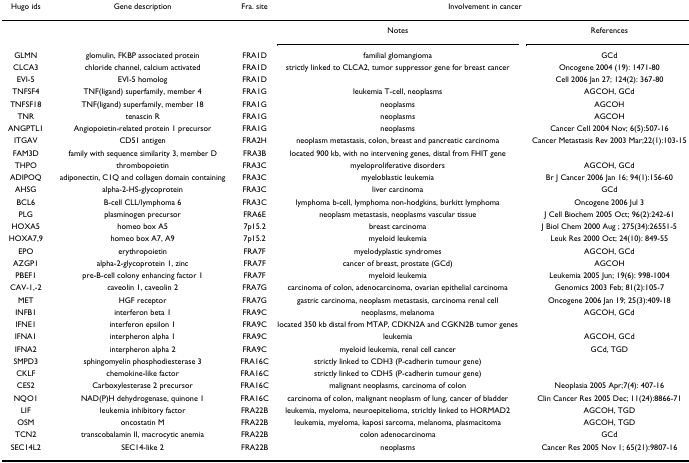
<table><thead><tr><td><b>Hugo ids</b></td><td><b>Gene description</b></td><td><b>Fra. site</b></td><td colspan="2"><b>Involvement in cancer</b></td></tr></thead><tbody><tr><td></td><td></td><td></td><td>Notes</td><td>References</td></tr><tr><td>GLMN</td><td>glomulin, FKBP associated protein</td><td>FRA1D</td><td>familial glomangioma</td><td>GCd</td></tr><tr><td>CLCA3</td><td>chloride channel, calcium activated</td><td>FRA1D</td><td>strictly linked to CLCA2, tumor suppressor gene for breast cancer</td><td>Oncogene 2004 (19): 1471-80</td></tr><tr><td>EVI-5</td><td>EVI-5 homolog</td><td>FRA1D</td><td></td><td>Cell 2006 Jan 27; 124(2): 367-80</td></tr><tr><td>TNFSF4</td><td>TNF(ligand) superfamily, member 4</td><td>FRA1G</td><td>leukemia T-cell, neoplasms</td><td>AGCOH, GCd</td></tr><tr><td>TNFSF18</td><td>TNF(ligand) superfamily, member 18</td><td>FRA1G</td><td>neoplasms</td><td>AGCOH</td></tr><tr><td>TNR</td><td>tenascin R</td><td>FRA1G</td><td>neoplasms</td><td>AGCOH</td></tr><tr><td>ANGPTL1</td><td>Angiopoietin-related protein 1 precursor</td><td>FRA1G</td><td>neoplasms</td><td>Cancer Cell 2004 Nov; 6(5):507-16</td></tr><tr><td>ITGAV</td><td>CD51 antigen</td><td>FRA2H</td><td>neoplasm metastasis, colon, breast and pancreatic carcinoma</td><td>Cancer Metastasis Rev 2003 Mar;22(1):103-15</td></tr><tr><td>FAM3D</td><td>family with sequence similarity 3, member D</td><td>FRA3B</td><td>located 900 kb, with no intervening genes, distal from FHIT gene</td><td></td></tr><tr><td>THPO</td><td>thrombopoietin</td><td>FRA3C</td><td>myeloproliferative disorders</td><td>AGCOH, GCd</td></tr><tr><td>ADIPOQ</td><td>adiponectin, C1Q and collagen domain containing</td><td>FRA3C</td><td>myeloblastic leukemia</td><td>Br J Cancer 2006 Jan 16; 94(1):156-60</td></tr><tr><td>AHSG</td><td>alpha-2-HS-glycoprotein</td><td>FRA3C</td><td>liver carcinoma</td><td>GCd</td></tr><tr><td>BCL6</td><td>B-cell CLL/lymphoma 6</td><td>FRA3C</td><td>lymphoma b-cell, lymphoma non-hodgkins, burkitt lymphoma</td><td>Oncogene 2006 Jul 3</td></tr><tr><td>PLG</td><td>plasminogen precursor</td><td>FRA6E</td><td>neoplasm metastasis, neoplasms vascular tissue</td><td>J Cell Biochem 2005 Oct; 96(2):242-61</td></tr><tr><td>HOXA5</td><td>homeo box A5</td><td>7p15.2</td><td>breast carcinoma</td><td>J Biol Chem 2000 Aug ; 275(34):26551-5</td></tr><tr><td>HOXA7,9</td><td>homeo box A7, A9</td><td>7p15.2</td><td>myeloid leukemia</td><td>Leuk Res 2000 Oct; 24(10): 849-55</td></tr><tr><td>EPO</td><td>erythropoietin</td><td>FRA7F</td><td>myelodyplastic syndromes</td><td>AGCOH, GCd</td></tr><tr><td>AZGP1</td><td>alpha-2-glycoprotein 1, zinc</td><td>FRA7F</td><td>cancer of breast, prostate (GCd)</td><td>AGCOH</td></tr><tr><td>PBEF1</td><td>pre-B-cell colony enhancing factor 1</td><td>FRA7F</td><td>myeloid leukemia</td><td>Leukemia 2005 Jun; 19(6): 998-1004</td></tr><tr><td>CAV-1,-2</td><td>caveolin 1, caveolin 2</td><td>FRA7G</td><td>carcinoma of colon, adenocarcinoma, ovarian epithelial carcinoma</td><td>Genomics 2003 Feb; 81(2):105-7</td></tr><tr><td>MET</td><td>HGF receptor</td><td>FRA7G</td><td>gastric carcinoma, neoplasm metastasis, carcinoma renal cell</td><td>Oncogene 2006 Jan 19; 25(3):409-18</td></tr><tr><td>INFB1</td><td>interferon beta 1</td><td>FRA9C</td><td>neoplasms, melanoma</td><td>AGCOH, GCd</td></tr><tr><td>IFNE1</td><td>interferon epsilon 1</td><td>FRA9C</td><td>located 350 kb distal from MTAP, CDKN2A and CGKN2B tumor genes</td><td></td></tr><tr><td>IFNA1</td><td>interpheron alpha 1</td><td>FRA9C</td><td>leukemia</td><td>AGCOH, GCd</td></tr><tr><td>IFNA2</td><td>interpheron alpha 2</td><td>FRA9C</td><td>myeloid leukemia, renal cell cancer</td><td>GCd, TGD</td></tr><tr><td>SMPD3</td><td>sphingomyelin phosphodiesterase 3</td><td>FRA16C</td><td>strictly linked to CDH3 (P-cadherin tumour gene)</td><td></td></tr><tr><td>CKLF</td><td>chemokine-like factor</td><td>FRA16C</td><td>strictly linked to CDH5 (P-cadherin tumour gene)</td><td></td></tr><tr><td>CES2</td><td>Carboxylesterase 2 precursor</td><td>FRA16C</td><td>malignant neoplasms, carcinoma of colon</td><td>Neoplasia 2005 Apr;7(4): 407-16</td></tr><tr><td>NQO1</td><td>NAD(P)H dehydrogenase, quinone 1</td><td>FRA16C</td><td>carcinoma of colon, malignant neoplasm of lung, cancer of bladder</td><td>Clin Cancer Res 2005 Dec; 11(24):8866-71</td></tr><tr><td>LIF</td><td>leukemia inhibitory factor</td><td>FRA22B</td><td>leukemia, myeloma, neuroepitelioma, stricltly linked to HORMAD2</td><td>AGCOH, TGD</td></tr><tr><td>OSM</td><td>oncostatin M</td><td>FRA22B</td><td>leukemia, myeloma, kaposi sarcoma, melanoma, plasmacitoma</td><td>AGCOH, TGD</td></tr><tr><td>TCN2</td><td>transcobalamin II, macrocytic anemia</td><td>FRA22B</td><td>colon adenocarcinoma</td><td>GCd</td></tr><tr><td>SEC14L2</td><td>SEC14-like 2</td><td>FRA22B</td><td>neoplasms</td><td>Cancer Res 2005 Nov 1; 65(21):9807-16</td></tr></tbody></table>